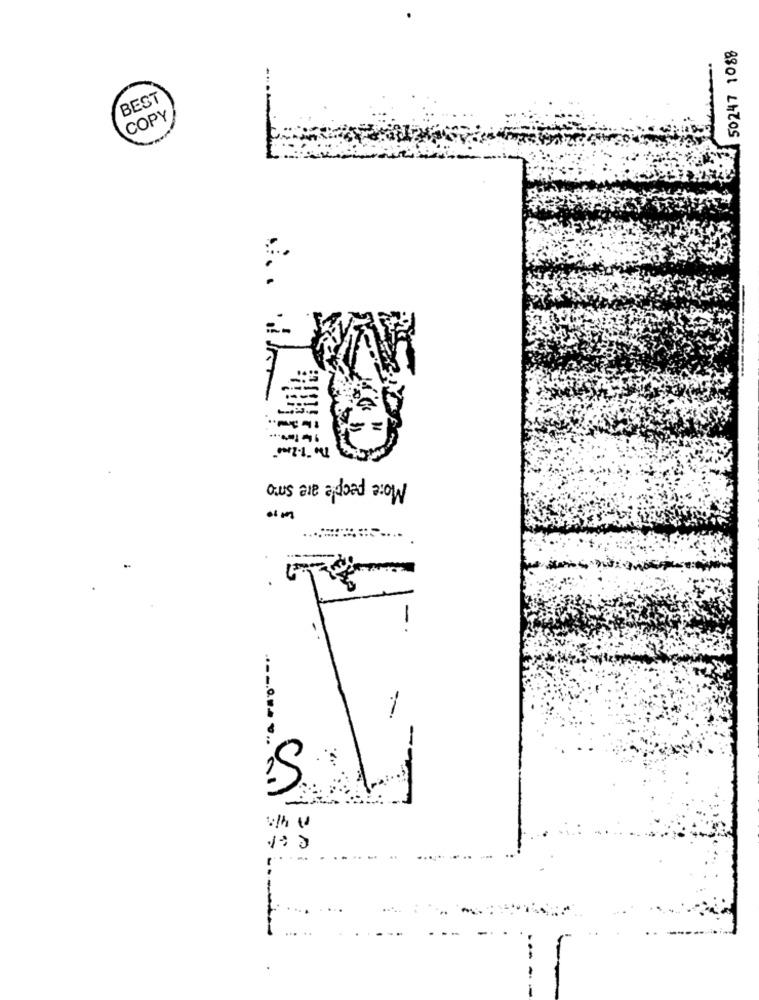
50247 1088
BEST
COPY
More people are soro
---. Q.
...
100
---